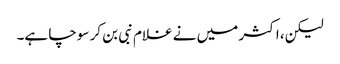
لیکن، اکثر میں نے غلام نبی بن کر سوچا ہے۔